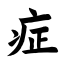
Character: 症